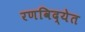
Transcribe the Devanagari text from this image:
रणविद्येत